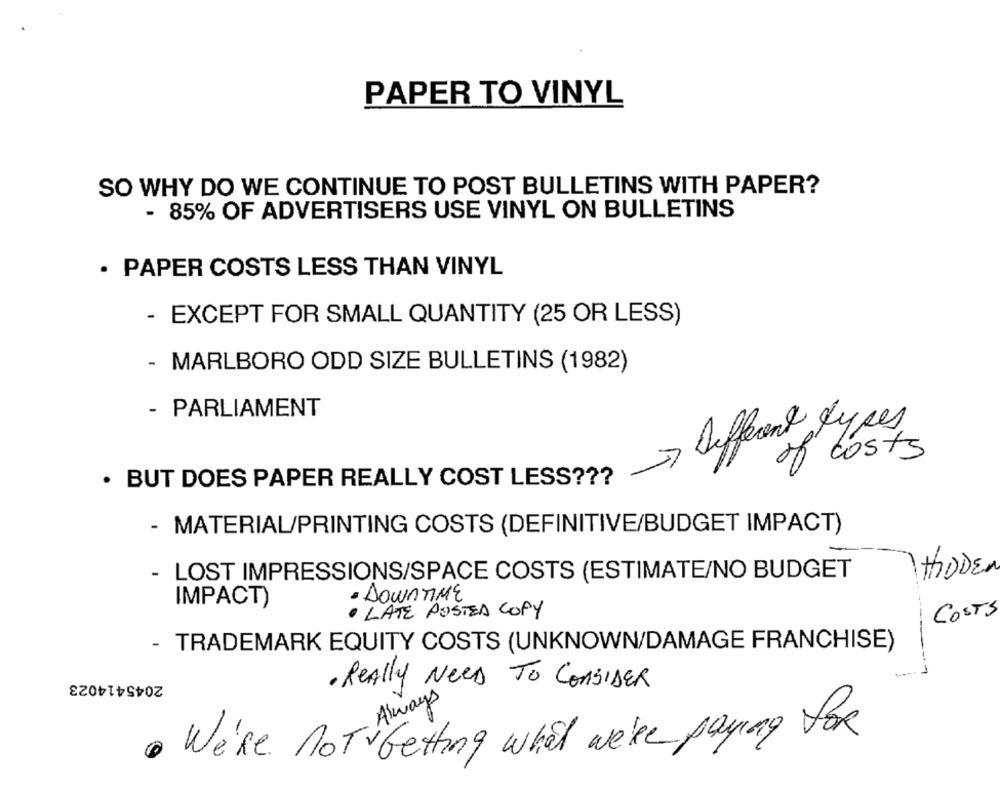
PAPER TO VINYL
SO WHY DO WE CONTINUE TO POST BULLETINS WITH PAPER?
- 85% OF ADVERTISERS USE VINYL ON BULLETINS
· PAPER COSTS LESS THAN VINYL
- EXCEPT FOR SMALL QUANTITY (25 OR LESS)
- MARLBORO ODD SIZE BULLETINS (1982)
- PARLIAMENT
Different types,
of costs
. BUT DOES PAPER REALLY COST LESS ???
- MATERIAL/PRINTING COSTS (DEFINITIVE/BUDGET IMPACT)
HODE
- LOST IMPRESSIONS/SPACE COSTS (ESTIMATE/NO BUDGET
IMPACT)
· DOWNTIME
· LATE POSTED COPY
COSTS
- TRADEMARK EQUITY COSTS (UNKNOWN/DAMAGE FRANCHISE)
2045414023
· Really Need TO CONSIDER
Always
. We're NOT Getting what we'Re paying for